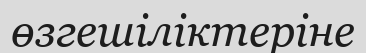
өзгешіліктеріне